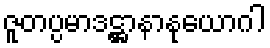
ဇူတပ္ပမာဒဋ္ဌာနာနုယောဂါ